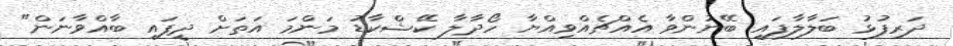
ދަރިފުޅު ބަލާލާފައި ބޭނުންވާ އެއްޗެއްވިއްޔާ ހޯދާލާ ކޭޝްކާޑު މަންމަ އަތަށް ދީފައި ބާއްވާނަން"